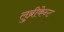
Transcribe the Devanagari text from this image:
लुब्रीकेन्ट